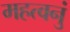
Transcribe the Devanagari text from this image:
महत्वनुं